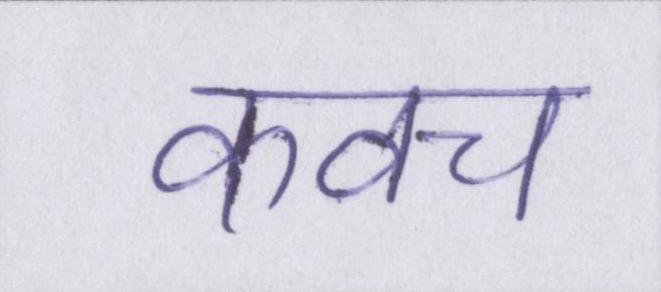
कवच